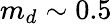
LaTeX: m_{d}\sim 0.5